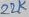
Text: 22K